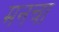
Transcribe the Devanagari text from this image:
मनचा